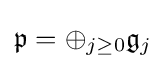
{\mathfrak {p}}=\oplus _{j\geq 0}{\mathfrak {g}}_{j}